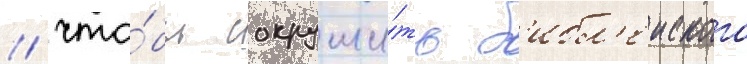
/ что́бы сокруши́ть б'ибл'еиского